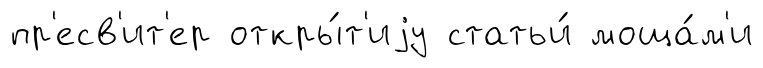
пр'есв'ит'ер откры́т'иjу статьи́ моща́м'и